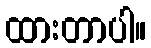
ထားတာပါ။